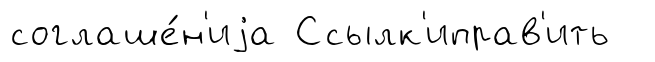
соглаше́н'иjа Ссылк'иправ'ить